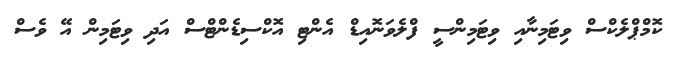
ކޮމްޕްލެކްސް ވިޓަމިނާއި ވިޓަމިންސީ ފްލެވަނޮއިޑް އެންޓި އޮކްސިޑެންޓްސް އަދި ވިޓަމިން އޭ ވެސް